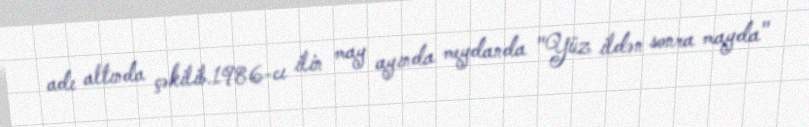
adı altında çəkilib.1986-cı ilin may ayında meydanda "Yüz ildən sonra mayda"